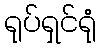
ရုပ်ရှင်ရုံ